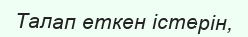
Талап еткен істерін,